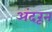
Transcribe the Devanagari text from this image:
अंदरून